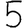
Digit: 5